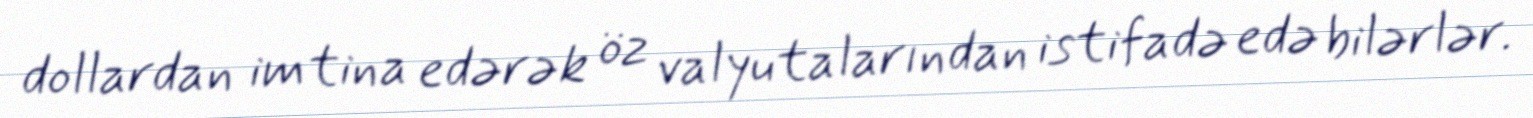
dollardan imtina edərək öz valyutalarından istifadə edə bilərlər.